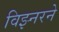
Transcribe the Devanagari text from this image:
विझ्नरने